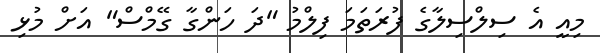
މިއީ އެ ސިލްސިލާގެ ފުރަތަމަ ފިލްމު "ދަ ހަންގާ ގޭމްސް" އަށް މުޅި